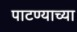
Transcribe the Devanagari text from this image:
पाटण्याच्या